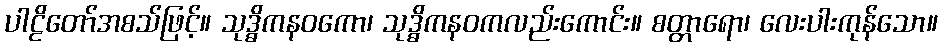
ပါဠိတော်အစသ်ဖြင့်။ သုဒ္ဓိကနဝကော၊ သုဒ္ဓိကနဝကလည်းကောင်း။ စတ္တာရော၊ လေးပါးကုန်သော။